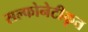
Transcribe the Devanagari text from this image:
सल्फोनेटीकृत